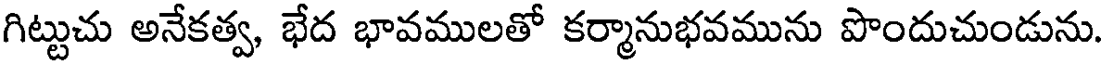
గిట్టుచు అనేకత్వ, భేద భావములతో కర్మానుభవమును పొందుచుండును